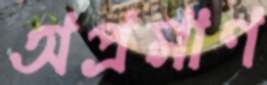
অপ্রমাণ